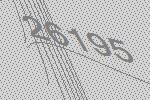
26195